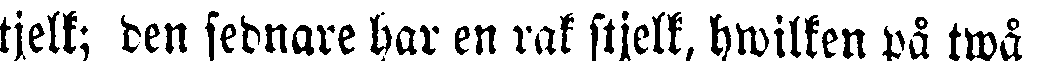
tjelk; den sednare har en rak stjelk, hwilken på twå